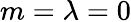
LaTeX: m=\lambda=0